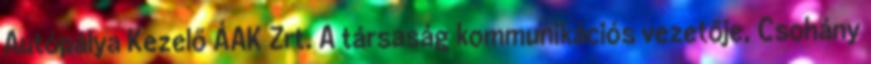
Autópálya Kezelő ÁAK Zrt. A társaság kommunikációs vezetője, Csohány